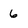
Character: 6